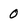
Character: 0